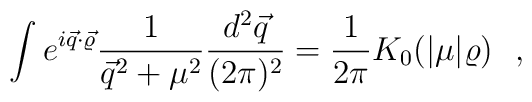
\int e^{i\vec q\cdot\vec \varrho}                   \frac{1}{\vec q^2 + \mu ^2}                    \frac{d^2 \vec q}{(2\pi)^2}                   =\frac{1}{2\pi} K_0(|\mu|\varrho)~~,